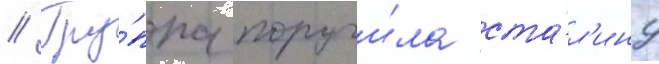
// Гру́ппа поручи́ла ста́л'ину